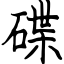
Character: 碟